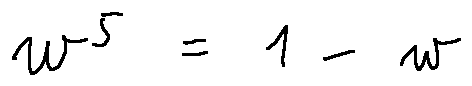
w ^ { 5 } = 1 - w